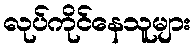
လုပ်ကိုင်နေသူများ